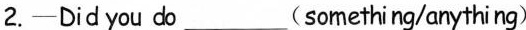
2.—Did you do___(something/anything)